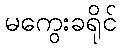
မကွေးခရိုင်